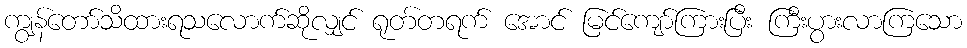
ကျွန်တော်သိထားရသလောက်ဆိုလျှင် ရုတ်တရက် အောင် မြင်ကျော်ကြားပြီး ကြီးပွားလာကြသော